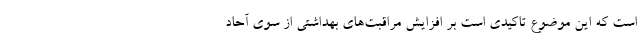
است که این موضوع تاکیدی است بر افزایش مراقبت‌های بهداشتی از سوی آحاد